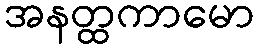
အနတ္ထကာမော